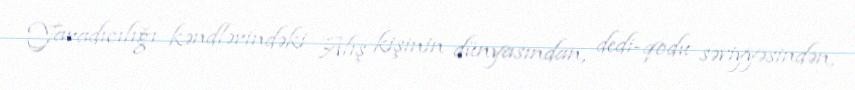
Yaradıcılığı kəndlərindəki Alış kişinin dünyasından, dedi-qodu səviyyəsindən,